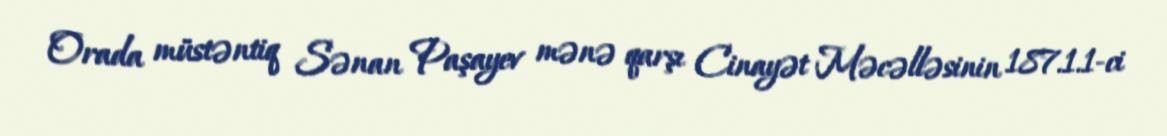
Orada müstəntiq Sənan Paşayev mənə qarşı Cinayət Məcəlləsinin 187.1.1-ci